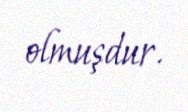
olmuşdur.